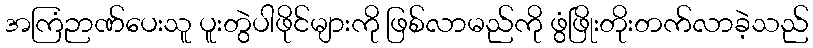
အကြံဉာဏ်ပေးသူ ပူးတွဲပါဖိုင်များကို ဖြစ်လာမည်ကို ဖွံဖြိုးတိုးတက်လာခဲ့သည်